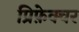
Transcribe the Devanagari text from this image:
प्रिफ़ेक्चर